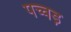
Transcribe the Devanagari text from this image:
पच्चड़